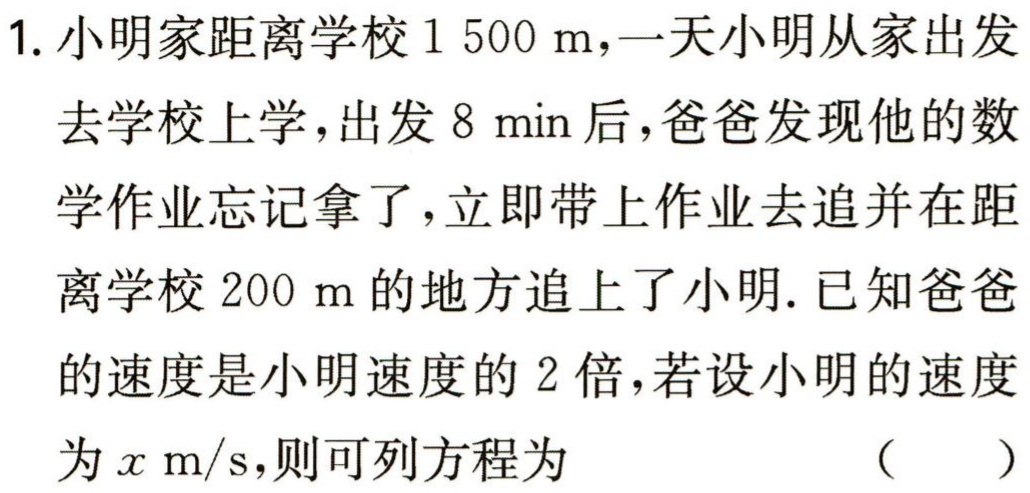
1. 小明家距离学校\(1 500\ m\)，一天小明从家出发去学校上学，出发\(8\ min\)后，爸爸发现他的数学作业忘记拿了，立即带上作业去追并在距离学校\(200\ m\)的地方追上了小明. 已知爸爸的速度是小明速度的\(2\)倍，若设小明的速度为\(x\ m/s\)，则可列方程为 （  ）